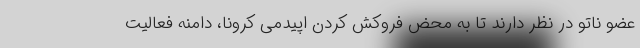
عضو ناتو در نظر دارند تا به محض فروکش کردن اپیدمی کرونا، دامنه فعالیت